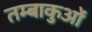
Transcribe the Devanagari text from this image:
तम्बाकुओं